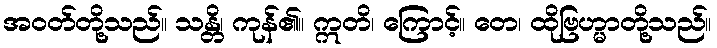
အဝတ်တို့သည်။ သန္တိ၊ ကုန်၏။ ဣတိ၊ ကြောင့်။ တေ၊ ထိုဗြဟ္မာတို့သည်။